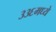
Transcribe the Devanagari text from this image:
३३६मध्ये